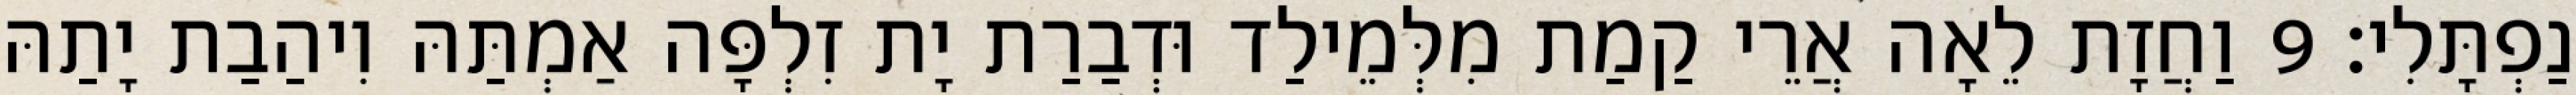
נַפְתָּלִי׃ 9 וַחֲזָת לֵאָה אֲרֵי קַמַת מִלְּמֵילַד וּדְבַרַת יָת זִלְפָּה אַמְתַּהּ וִיהַבַת יָתַהּ